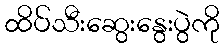
ထိပ်သီးဆွေးနွေးပွဲကို